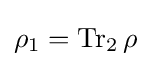
\rho _{1}=\mathrm {Tr} _{2}\,\rho